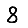
Digit: 8